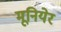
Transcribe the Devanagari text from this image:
मूनियेर